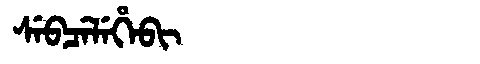
Manchu: ᠰᡝᠪᠴᡝᠯᡝᡥᡝᠪᡳ
Romanization: SEBCELEHEBI